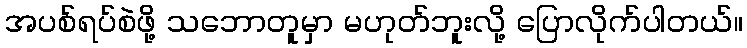
အပစ်ရပ်စဲဖို့ သဘောတူမှာ မဟုတ်ဘူးလို့ ပြောလိုက်ပါတယ်။